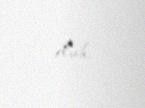
olub.